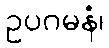
ဥပဂမနံ၊